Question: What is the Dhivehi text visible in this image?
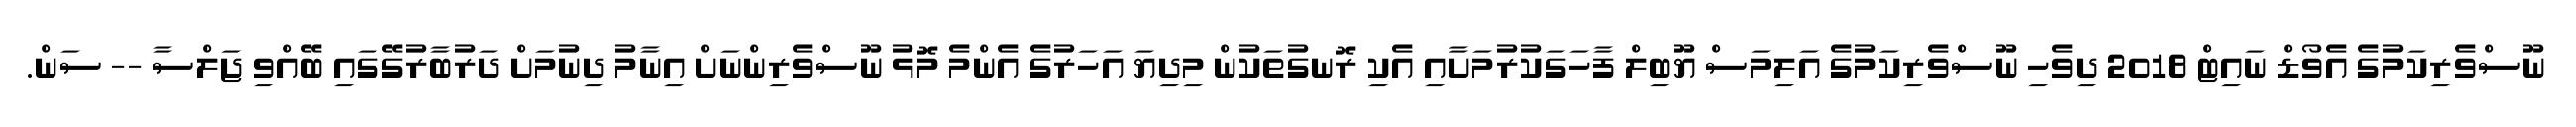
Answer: ނޫސްވެރިކަމުގެ އެވޯޑް ނައިޓް 2018 ދިވެހި ނޫސްވެރިކަމުގެ އަލިމަސް ޔޫބިލް ފާހަގަކުރުމަށާއި އެކި ރޮނގުތަކުން މިދިޔަ އަހަރުގެ އެންމެ މޮޅު ނޫސްވެރިންނަށް އިނާމު ދިނުމަށް ދަރުބާރުގޭގައި ބޭއްވި ޖަލްސާ -- ސަން.